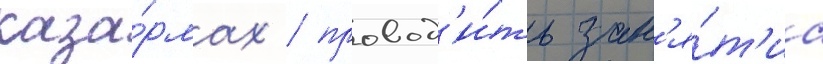
каза́рмах / провод'и́ть зан'я́т'иа